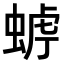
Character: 𧌧